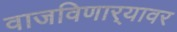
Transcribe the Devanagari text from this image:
वाजविणार्‍यावर